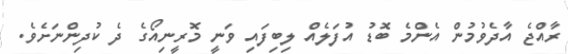
ރާއްޖެ އާދެވުމުން އެންމެ ބޮޑު އުފަލެއް ލިބިފައި ވަނީ މޮރީނިއޯގެ ދެ ކުދިންނަށެވެ.